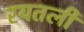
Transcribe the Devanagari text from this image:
रयतली